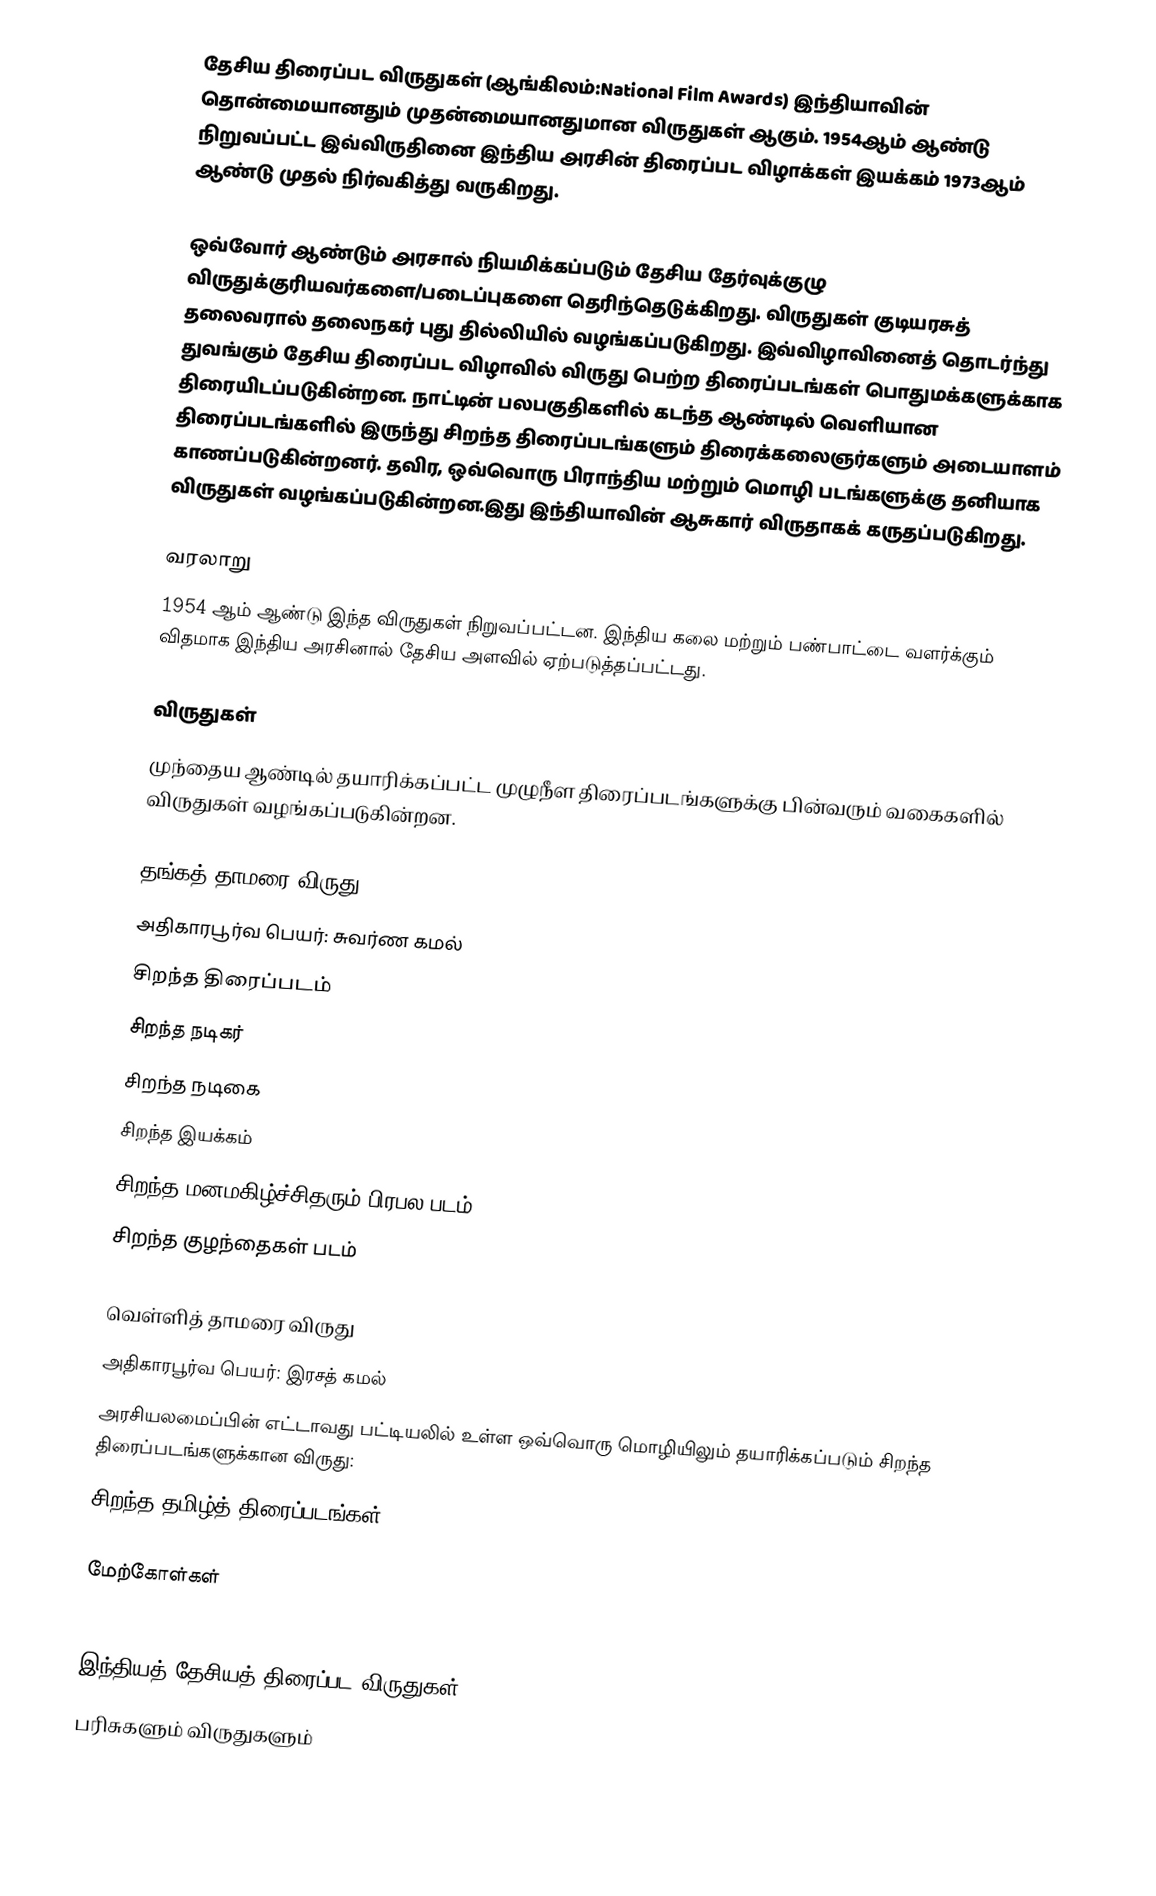
தேசிய திரைப்பட விருதுகள் (ஆங்கிலம்:National Film Awards) இந்தியாவின் தொன்மையானதும் முதன்மையானதுமான விருதுகள் ஆகும். 1954ஆம் ஆண்டு நிறுவப்பட்ட இவ்விருதினை இந்திய அரசின் திரைப்பட விழாக்கள் இயக்கம் 1973ஆம் ஆண்டு முதல் நிர்வகித்து வருகிறது.

ஒவ்வோர் ஆண்டும் அரசால் நியமிக்கப்படும் தேசிய தேர்வுக்குழு விருதுக்குரியவர்களை/படைப்புகளை தெரிந்தெடுக்கிறது. விருதுகள் குடியரசுத் தலைவரால் தலைநகர் புது தில்லியில் வழங்கப்படுகிறது. இவ்விழாவினைத் தொடர்ந்து துவங்கும் தேசிய திரைப்பட விழாவில் விருது பெற்ற திரைப்படங்கள் பொதுமக்களுக்காக திரையிடப்படுகின்றன. நாட்டின் பலபகுதிகளில் கடந்த ஆண்டில் வெளியான திரைப்படங்களில் இருந்து சிறந்த திரைப்படங்களும் திரைக்கலைஞர்களும் அடையாளம் காணப்படுகின்றனர். தவிர, ஒவ்வொரு பிராந்திய மற்றும் மொழி படங்களுக்கு தனியாக விருதுகள் வழங்கப்படுகின்றன.இது இந்தியாவின் ஆசுகார் விருதாகக் கருதப்படுகிறது.

வரலாறு
1954 ஆம் ஆண்டு இந்த விருதுகள் நிறுவப்பட்டன. இந்திய கலை மற்றும் பண்பாட்டை வளர்க்கும் விதமாக இந்திய அரசினால் தேசிய அளவில் ஏற்படுத்தப்பட்டது.

விருதுகள்
முந்தைய ஆண்டில் தயாரிக்கப்பட்ட முழுநீள திரைப்படங்களுக்கு பின்வரும் வகைகளில் விருதுகள் வழங்கப்படுகின்றன.

தங்கத் தாமரை விருது
அதிகாரபூர்வ பெயர்: சுவர்ண கமல்
 சிறந்த திரைப்படம்
 சிறந்த நடிகர்
 சிறந்த நடிகை
 சிறந்த இயக்கம்
 சிறந்த மனமகிழ்ச்சிதரும் பிரபல படம்
 சிறந்த குழந்தைகள் படம்

வெள்ளித் தாமரை விருது
அதிகாரபூர்வ பெயர்: இரசத் கமல்
அரசியலமைப்பின் எட்டாவது பட்டியலில் உள்ள ஒவ்வொரு மொழியிலும் தயாரிக்கப்படும் சிறந்த திரைப்படங்களுக்கான விருது:
 சிறந்த தமிழ்த் திரைப்படங்கள்

மேற்கோள்கள்

இந்தியத் தேசியத் திரைப்பட விருதுகள்
பரிசுகளும் விருதுகளும்